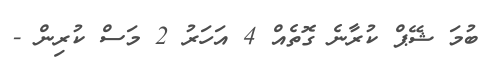
ބުމަ ޝޭޕް ކުރާނެ ގޮތެއް 4 އަހަރު 2 މަސް ކުރިން -